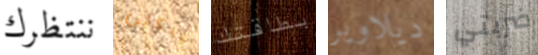
ننتظرك تبكين بطاقتك ديلاوير ضربتي